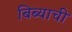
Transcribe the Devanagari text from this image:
बिब्याची